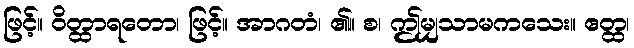
ဖြင့်။ ဝိတ္ထာရတော၊ ဖြင့်။ အာဂတံ၊ ၏။ စ၊ ဤမျှသာမကသေး။ ဧတ္ထ၊